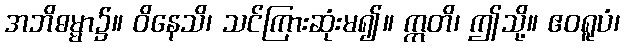
အဘိဓမ္မာ၌။ ဝိနေသိ၊ သင်ကြားဆုံးမ၍။ ဣတိ၊ ဤသို့။ ဧဝရူပံ၊